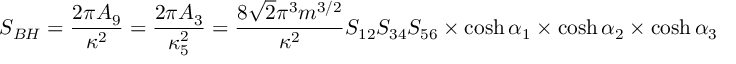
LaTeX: S _ { B H } = \frac { 2 \pi A _ { 9 } } { \kappa ^ { 2 } } = \frac { 2 \pi A _ { 3 } } { \kappa _ { 5 } ^ { 2 } } = \frac { 8 \sqrt { 2 } \pi ^ { 3 } m ^ { 3 / 2 } } { \kappa ^ { 2 } } S _ { 1 2 } S _ { 3 4 } S _ { 5 6 } \times \cosh \alpha _ { 1 } \times \cosh \alpha _ { 2 } \times \cosh \alpha _ { 3 }